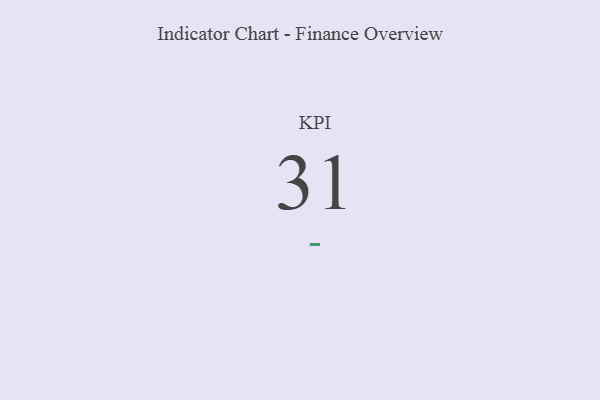
{"axis": {"x": "KPI", "y": "Value"}, "legend": [""], "data": [{"x": "KPI", "y": 31, "type": ""}]}